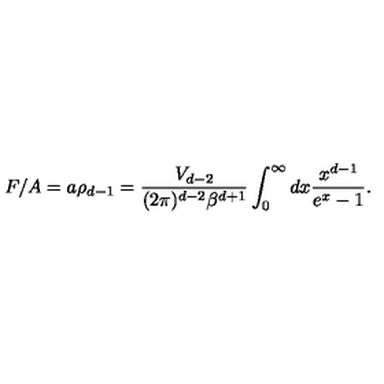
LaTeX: F / A = a \rho _ { d - 1 } = \frac { V _ { d - 2 } } { ( 2 \pi ) ^ { d - 2 } \beta ^ { d + 1 } } \int _ { 0 } ^ { \infty } d x \frac { x ^ { d - 1 } } { e ^ { x } - 1 } .